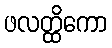
ဖလတ္ထိကော